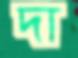
দা